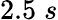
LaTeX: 2.5\; s